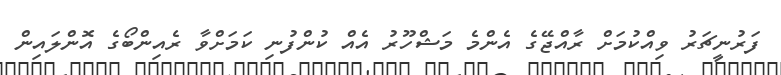
ފަރުނީޗަރު ވިއްކުމަށް ރާއްޖޭގެ އެންމެ މަޝްހޫރު އެއް ކުންފުނި ކަމަށްވާ ރެއިންބޯގެ އޮންލައިން